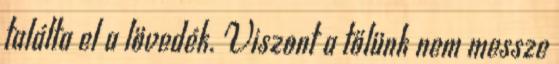
találta el a lövedék. Viszont a tőlünk nem messze